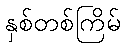
နှစ်တစ်ကြိမ်